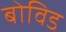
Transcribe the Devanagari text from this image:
बोविड